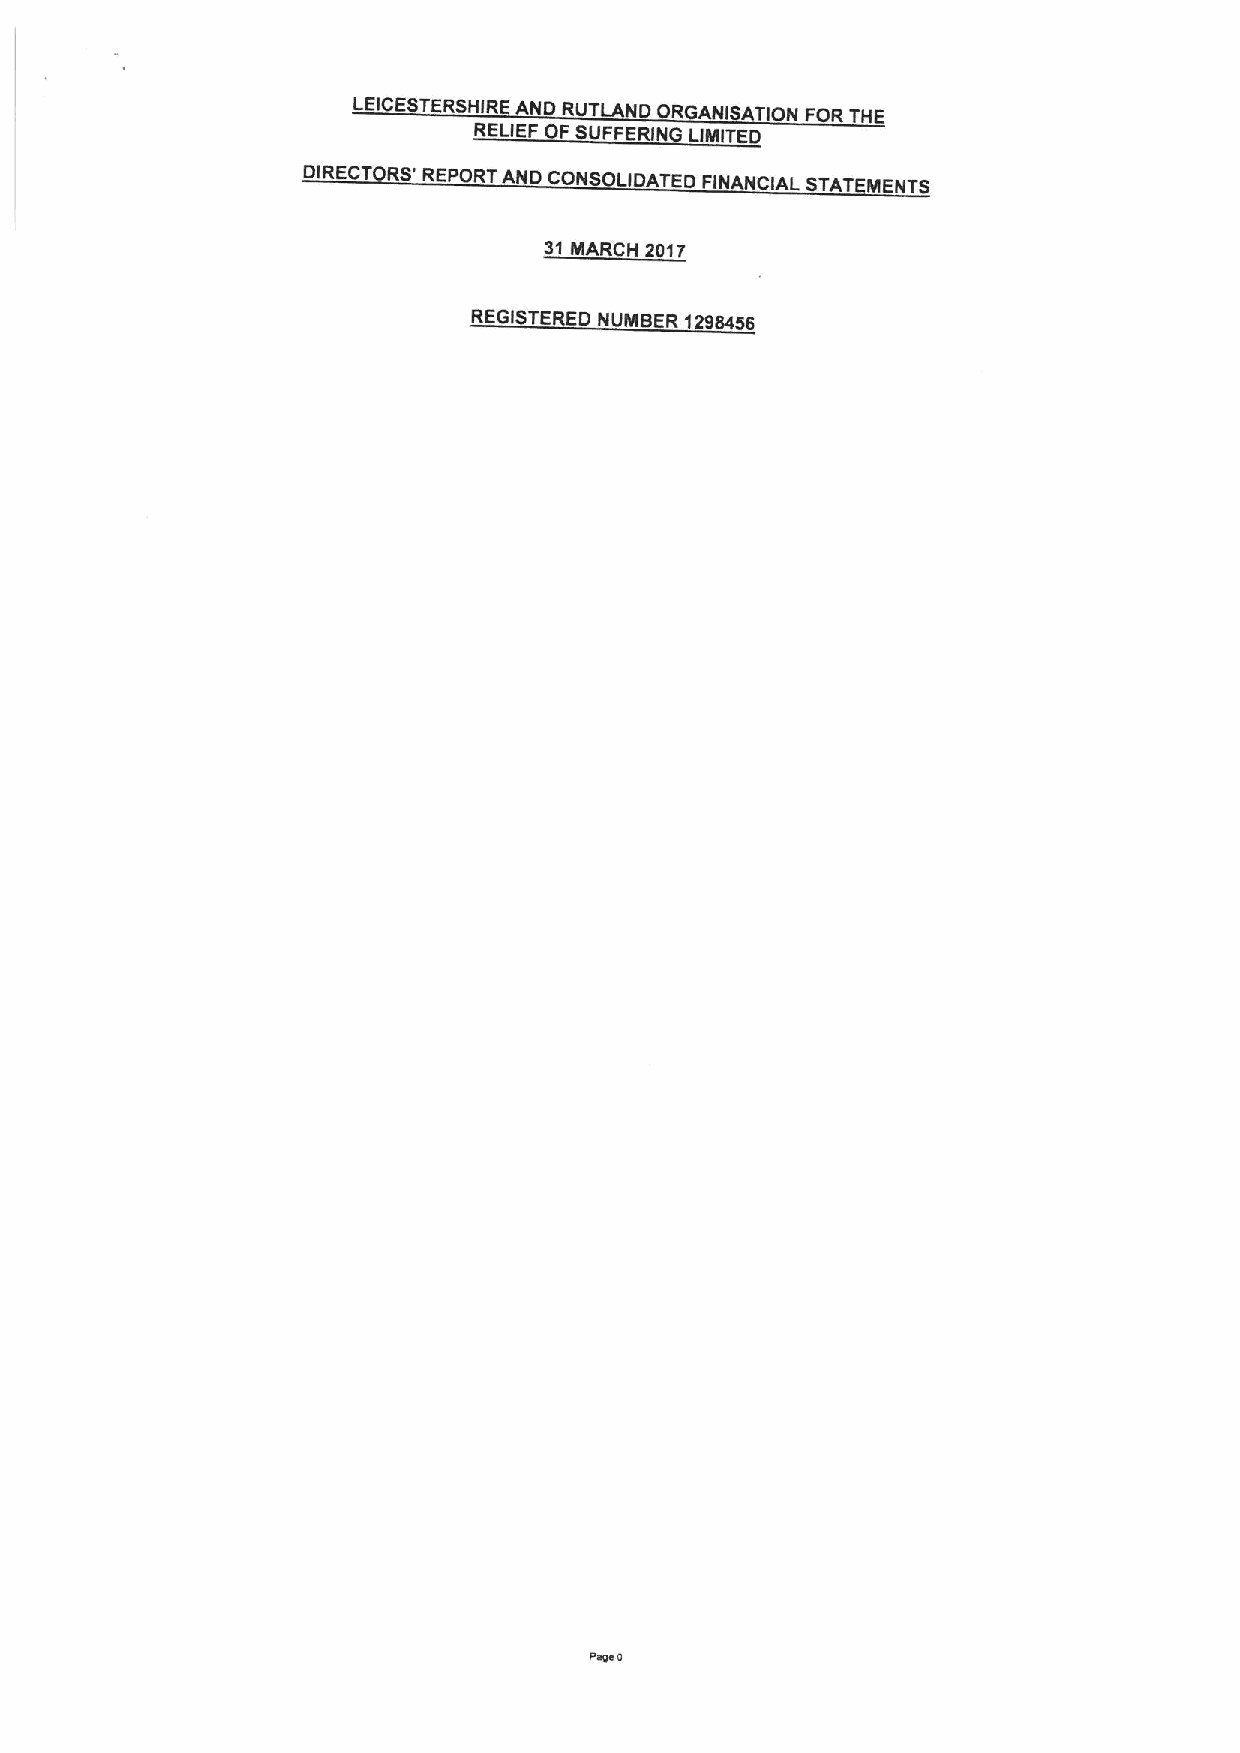
13103Sl38SHI83 %NO 8AllVNO08 VNISVLION308.JH3
 831(3303 SA3338INS I IWIl30
 OI830l08S. 83d08.J %NO OONSO1IOVL30 BINVNOIV1S.JVl3W3NIS
 6I W'II8OH EOIL
 83SIS.33830 NAW838 hZ6IW99